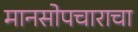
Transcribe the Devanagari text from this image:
मानसोपचाराचा